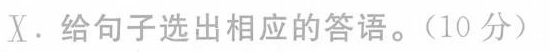
X. 给句子选出相应的答语。(10 分)